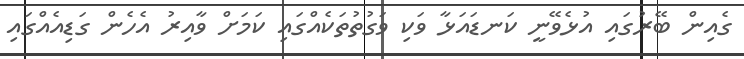
ގެއިން ބޭރުގައި އުޅެވޭނީ ކަނޑައަޅާ ވަކި ވަގުތުތަކެއްގައި ކަމަށް ވާއިރު އެހެން ގަޑިއެއްގައި